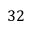
3 2